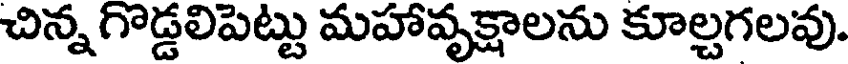
చిన్న గొడ్డలిపెట్టు మహావృక్షాలను కూల్చగలవు.